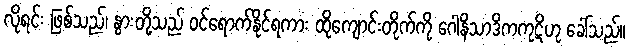
လိုရင်း ဖြစ်သည်၊ နွားတို့သည် ဝင်ရောက်နိုင်ရကား ထိုကျောင်းတိုက်ကို ဂေါနိသာဒိကကုဋိဟု ခေါ်သည်။